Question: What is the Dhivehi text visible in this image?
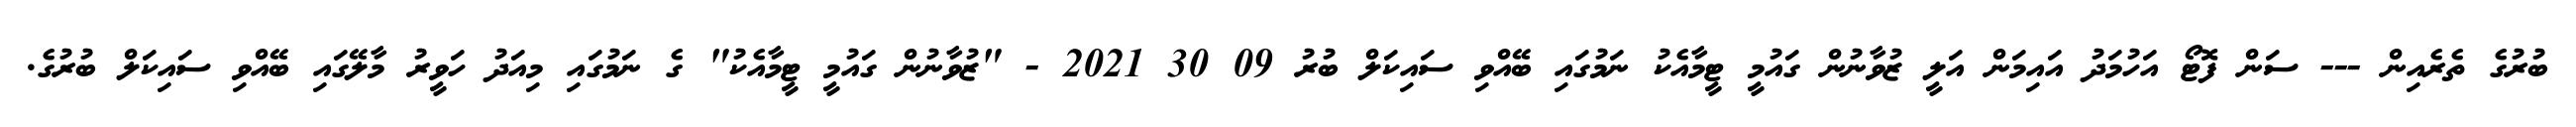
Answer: ބުރުގެ ތެރެއިން --- ސަން ފޮޓޯ އަހުމަދު އައިމަން އަލީ ޒުވާނުން ގައުމީ ޓީމާއެކު ނަމުގައި ބޭއްވި ސައިކަލް ބުރު 09 30 2021 - "ޒުވާނުން ގައުމީ ޓީމާއެކު" ގެ ނަމުގައި މިއަދު ހަވީރު މާލޭގައި ބޭއްވި ސައިކަލް ބުރުގެ.